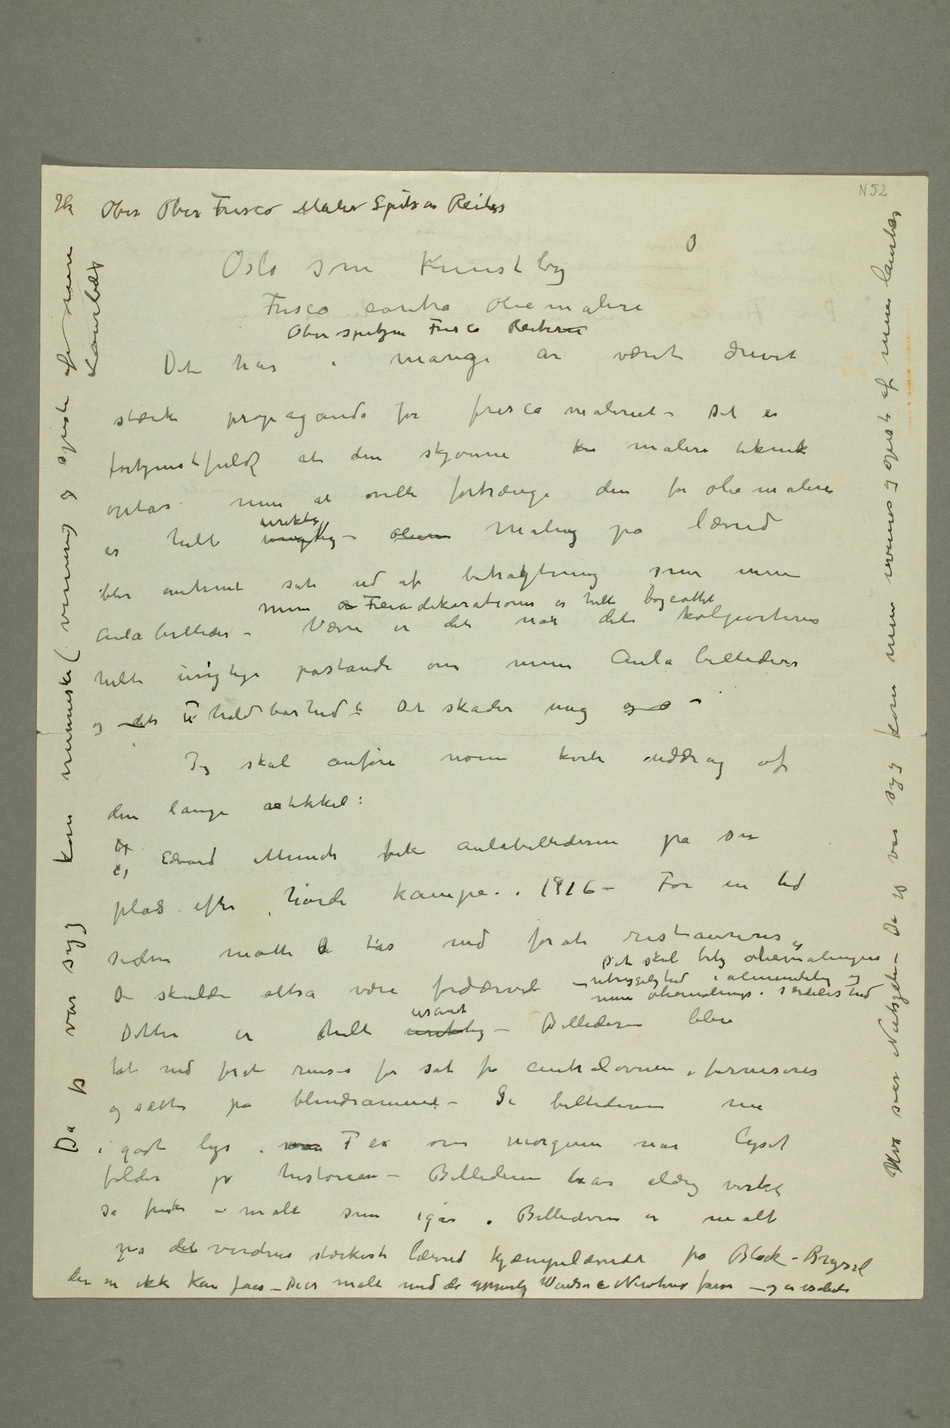
stærk propaganda for fresco maleriet – Det er
optas men at ville fortrenge den for oliemaleri er
helt uriktig uriktig – oliem Maling på lærred
blir omtrent sat ud af betrakgtning som mine
dets uholdbarhed. Det skader mig og Jeg skal anføre
den lange artikkel:
plads efter hårde kampe i 1916 – For en tid
siden måtte Dde tas ned forat restaureres.»
De skulde altså være fordærvet – Det skal bety oliemalingens utrygelighed
Dette er helt uriktig usandt – Billederne blev
og sættes på blindrammer – Se billederne nu
falder på historien – Billederne har aldrig virket
så friske – malt som igår. Billederne er malt
mpå det verdens stærkeste lærred kjæmpelærreder fra Block-Bryssel der
nu ikke kan fåes – De er malt med de ypperlige Windsor & Newton farver – og er isolerte Da